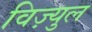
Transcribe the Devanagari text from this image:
विज़्युल